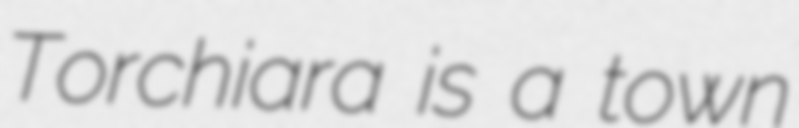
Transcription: Torchiara is a town